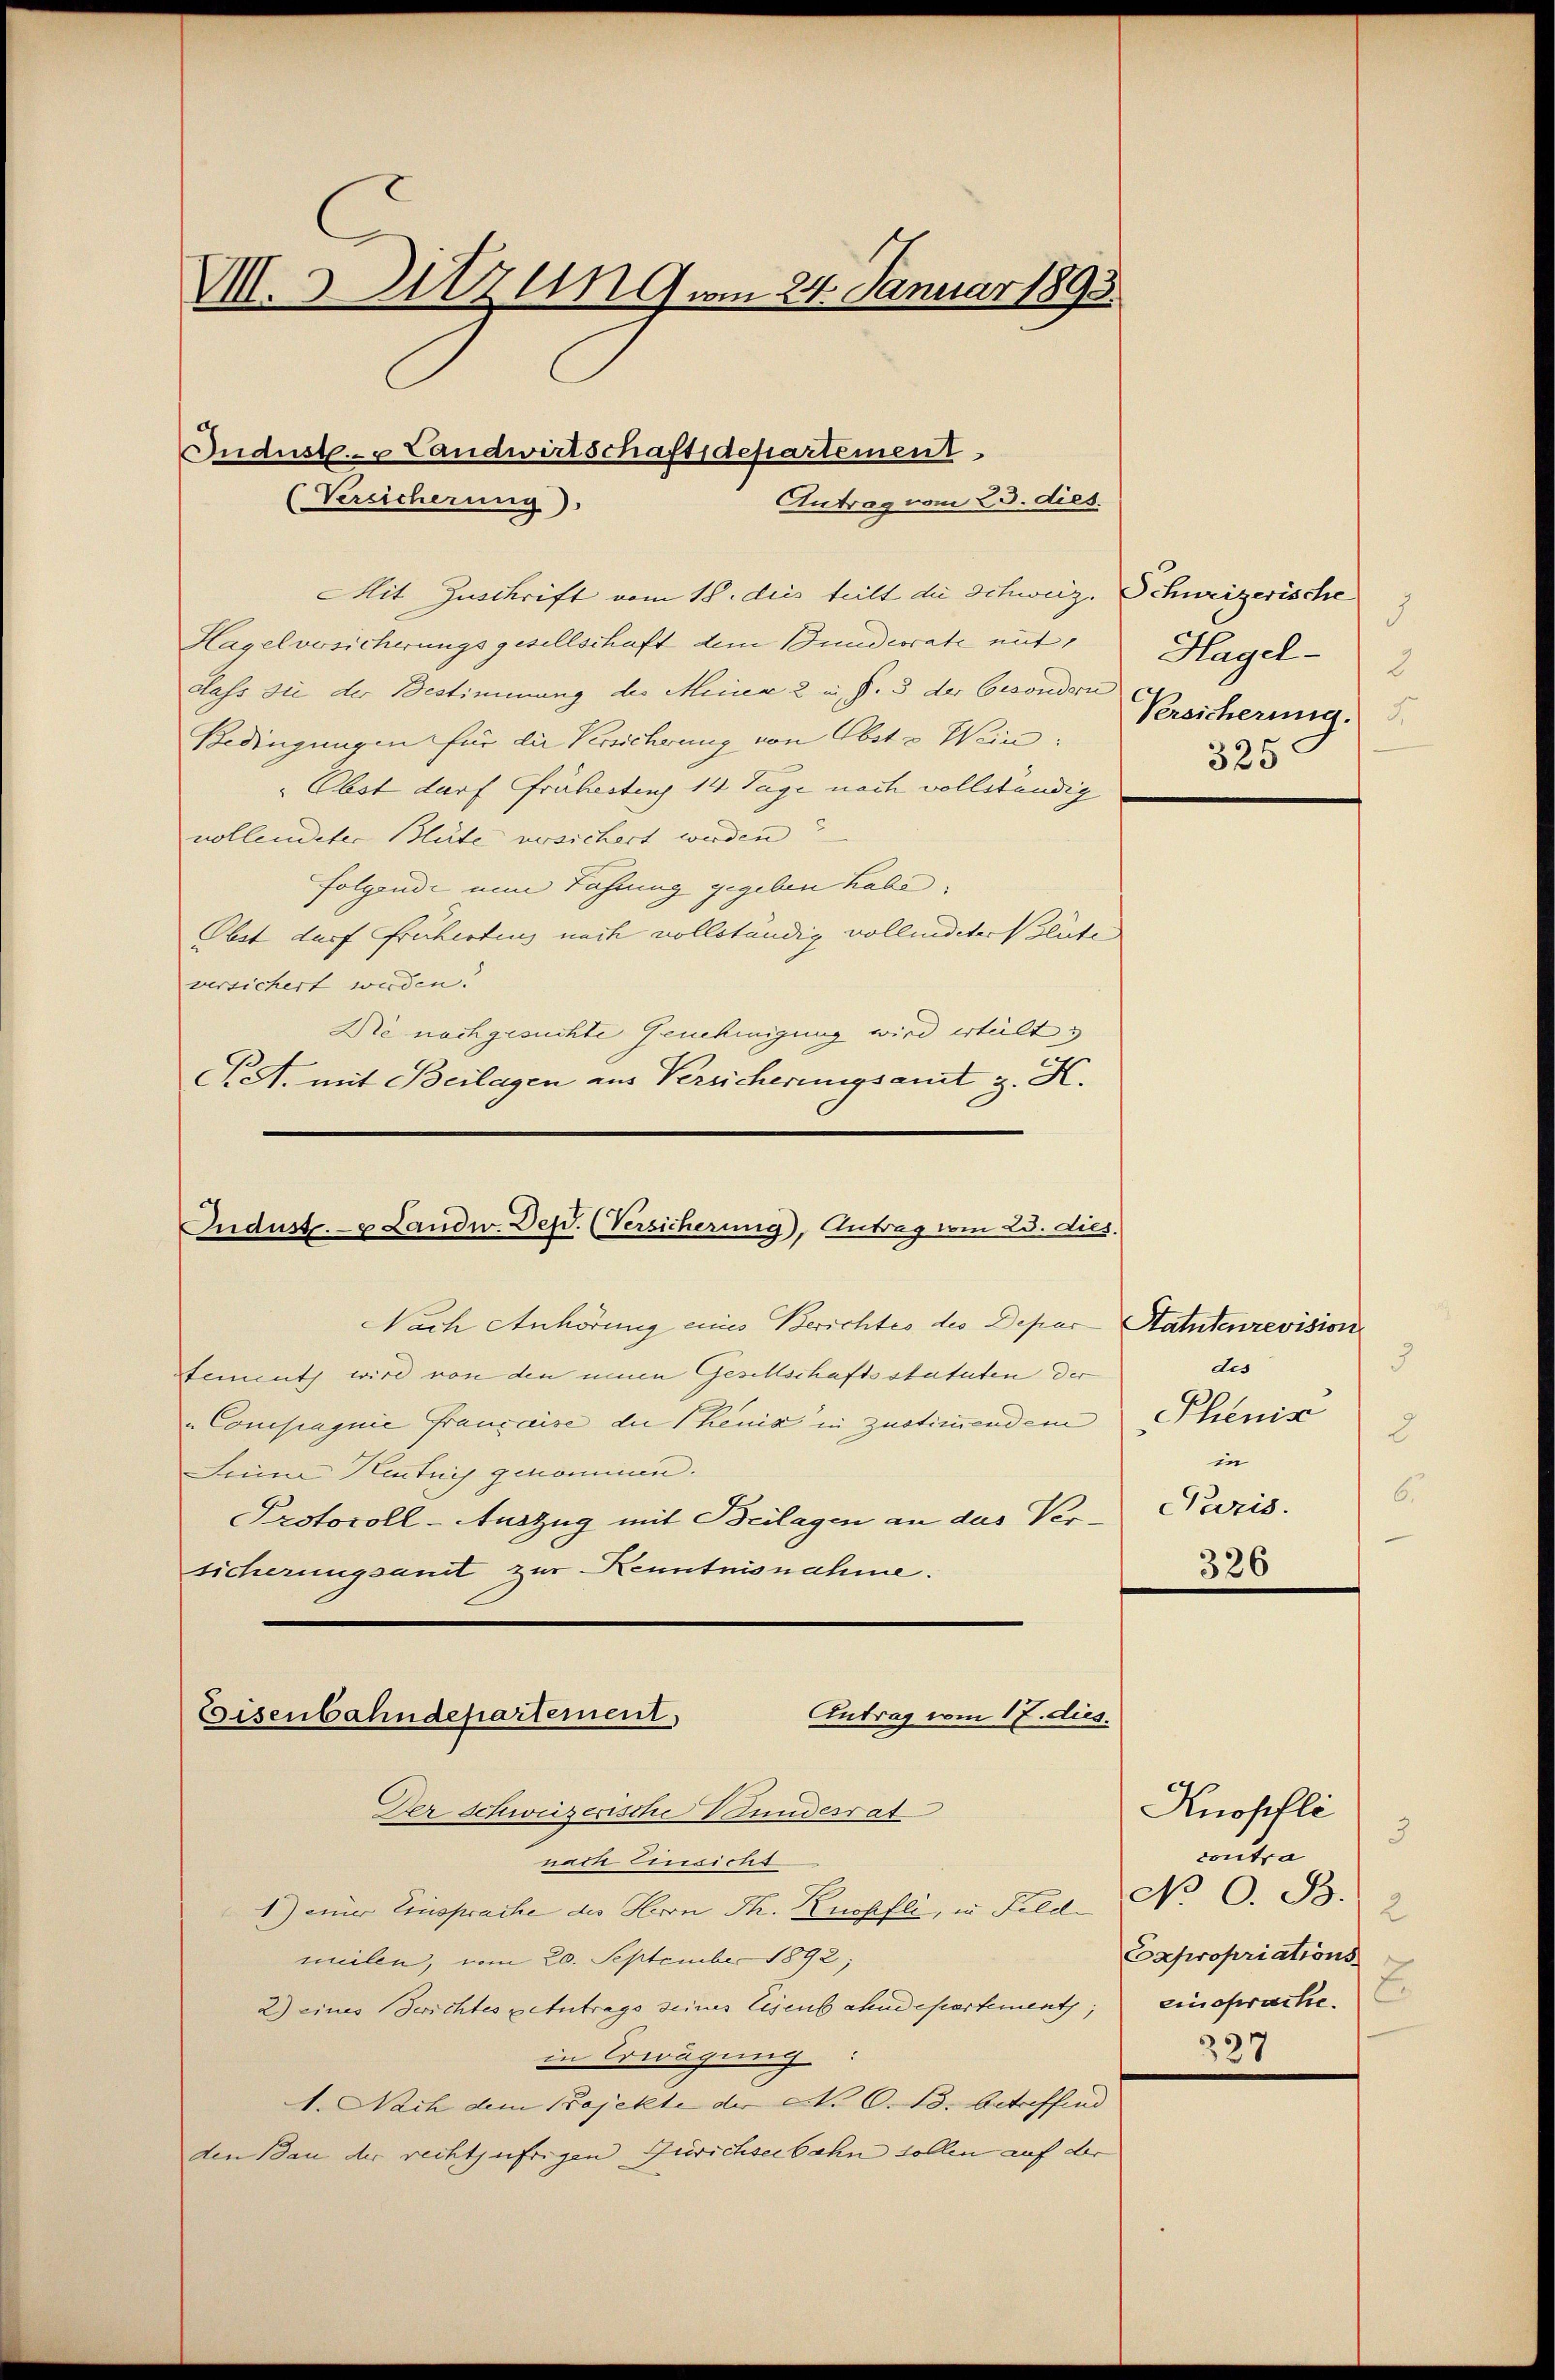
VII. 3 zu vom 24. Januar 1893.

Indust. Landwirtschaftsdepartement.
(Vereicherung
Antrag vom 23. dies.

Mit Zuschrift vom 18. dies teilt die Schweiz. Schweizerische
Hagelversicherungsgesellschaft dem Bundesrate mit
class die der Bestimmung des Miner 2 in §. 3 der Gesondern
Bedingungen für die Versicherung von Obste Wein¬
"Obst darf frühestens 14 Tage nach vollständig
vollendeter Blüte versichert werden?
folgende nun Fahrung gegeben habe.
Obst darf frühertens nach vollständig volliditer deute
versichert werden.
Die nachgesuchte Genehmigung wird erteilt &
PA. mit Beilagen aus Versicherungsamt z. K.

Indust. - u Landw. Defd. (Versicherung), Antrag vom 23. dies.

Nach Anhörung eines Berichtes des Depar Statutenrevision
sement wird von den einen Gesellschaftsstatuten der
„Conclagnie française die Theuia in Zustimmendem Phenin
Seine Hautnis genommen.
Protocoll-Auszug mit Beilagen an das Versicherungsant zur Kenntnisnahme.

Antrag vom 17. dies
Eisenbahndepartement

d.
Hagel-
3
Versicherung.
325

5
dis
d
in
6
Pazis.
326

Der Schweizerische Stundesrat
nach Einsicht
1) einer Einsprache des Herrn Th. Kuspfli, in Feld- No. 6. B.
meilen, vom 20. September 1892;
2) eines Serichtes zehntrags seines Eisenbahndepartement,
in Erwägung:
1. Nach dem Bojekte der N. O. B. betreffend
den dan der rechtufrigen Zürichseebahn sollen auf der

Knopfli
3
contro
Expropriations
einsprache.
339